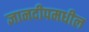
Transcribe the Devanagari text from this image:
ज्ञानदीपमधील